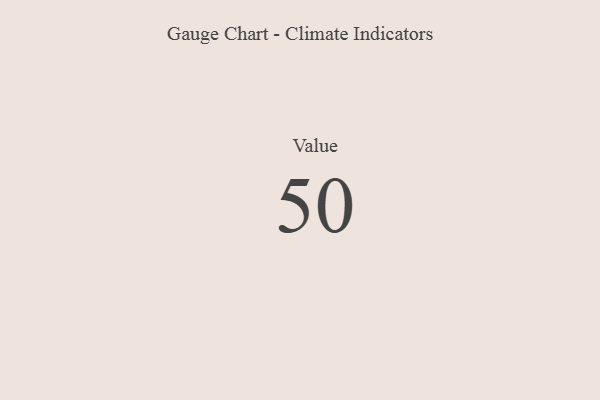
{"axis": {"x": "Metric", "y": "Value"}, "legend": [""], "data": [{"x": "Value", "y": 50, "type": ""}]}